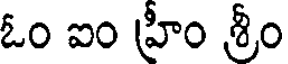
ఓం ఐం హ్రీం శ్రీం